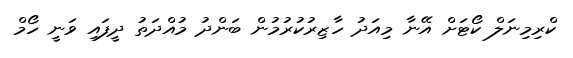
ކްރިމިނަލް ކޯޓަށް އޭނާ މިއަދު ހާޒިރުކުރުމުން ބަންދު މުއްދަތު ދީފައި ވަނީ ހޯމް